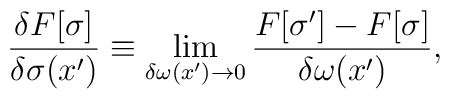
{{\delta F[\sigma ]} \over {\delta \sigma (x')}}\equiv \mathop {\lim }\limits_{\delta \omega (x')\to 0}{{F[\sigma ']-F[\sigma ]} \over {\delta \omega (x')}},